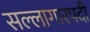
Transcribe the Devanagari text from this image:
सल्लागारपदी